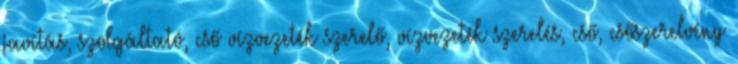
javítás, szolgáltató, cső vízvezeték szerelő, vízvezeték szerelés, cső, csőszerelvény